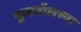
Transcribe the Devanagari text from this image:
फूटबॉलच्या